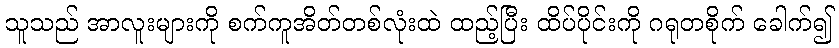
သူသည် အာလူးများကို စက်ကူအိတ်တစ်လုံးထဲ ထည့်ပြီး ထိပ်ပိုင်းကို ဂရုတစိုက် ခေါက်၍